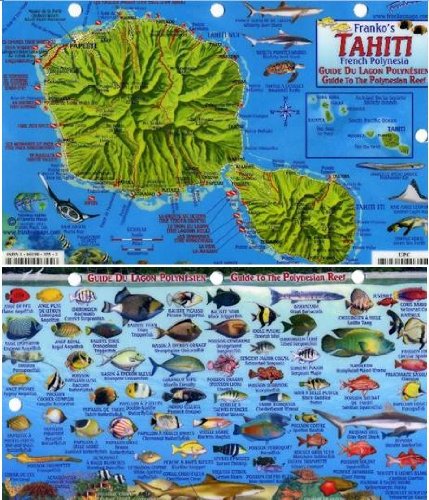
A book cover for Tahiti Map & Guide to the Polynesian Reef Franko Maps Laminated Fish Card; Franko Maps Ltd.; Travel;